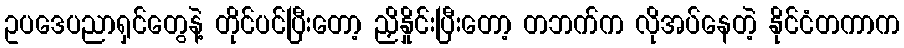
ဥပဒေပညာရှင်တွေနဲ့ တိုင်ပင်ပြီးတော့ ညှိနှိုင်းပြီးတော့ တဘက်က လိုအပ်နေတဲ့ နိုင်ငံတကာက